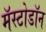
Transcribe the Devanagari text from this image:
मॅस्टोडॉन